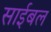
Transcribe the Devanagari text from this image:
साईबल